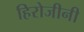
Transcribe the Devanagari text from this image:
हिरोजीनी